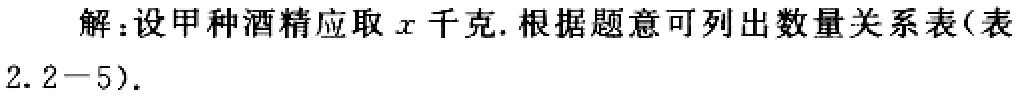
解：设甲种酒精应取\(x\)千克. 根据题意可列出数量关系表(表2.2 - 5).